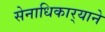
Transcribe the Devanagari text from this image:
सेनाधिकार्‍याने